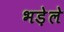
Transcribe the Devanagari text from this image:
भड़ेले